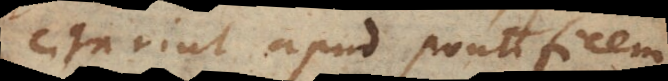
citarint apud Pontificem